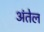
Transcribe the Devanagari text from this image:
अंतेल